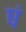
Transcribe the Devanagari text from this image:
षं